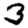
Digit: 3